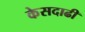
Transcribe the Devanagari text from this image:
केसदाढी